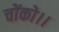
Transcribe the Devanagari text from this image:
चोंको।।